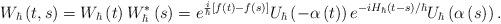
LaTeX: \begin{align*}W_{\hbar}\left( t,s\right) =W_{\hbar}\left( t\right) W_{\hbar}^{\ast}\left( s\right) =e^{\frac{i}{\hbar}\left[ f\left( t\right) -f\left(s\right) \right] }U_{\hbar}\left( -\alpha\left( t\right) \right)e^{-iH_{\hbar}\left( t-s\right) /\hbar}U_{\hbar}\left( \alpha\left(s\right) \right) . \end{align*}